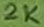
Text: 2K